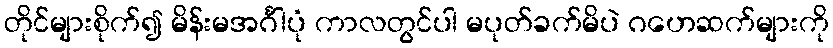
တိုင်များစိုက်၍ မိန်းမအင်္ဂါပုံ ကာလတွင်ပါ မပုတ်ခက်မိပဲ ဂဟေဆက်များကို